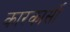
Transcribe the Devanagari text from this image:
कारकार्सो